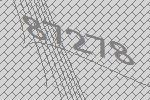
87278